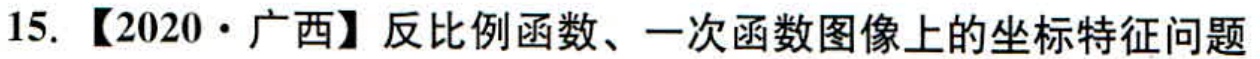
15. 【2020·广西】反比例函数、一次函数图像上的坐标特征问题